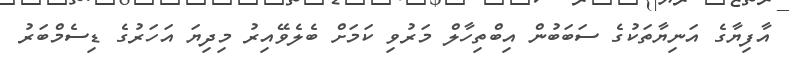
އާފިޔާގެ އަނިޔާތަކުގެ ސަބަބުން އިބްތިހާލް މަރުވި ކަމަށް ބެލެވޭއިރު މިދިޔަ އަހަރުގެ ޑިސެމްބަރު